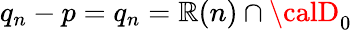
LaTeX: q_{n}-p=q_{n}=\mathbb{R}(n)\cap{\calD}_{0}